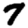
Digit: 7